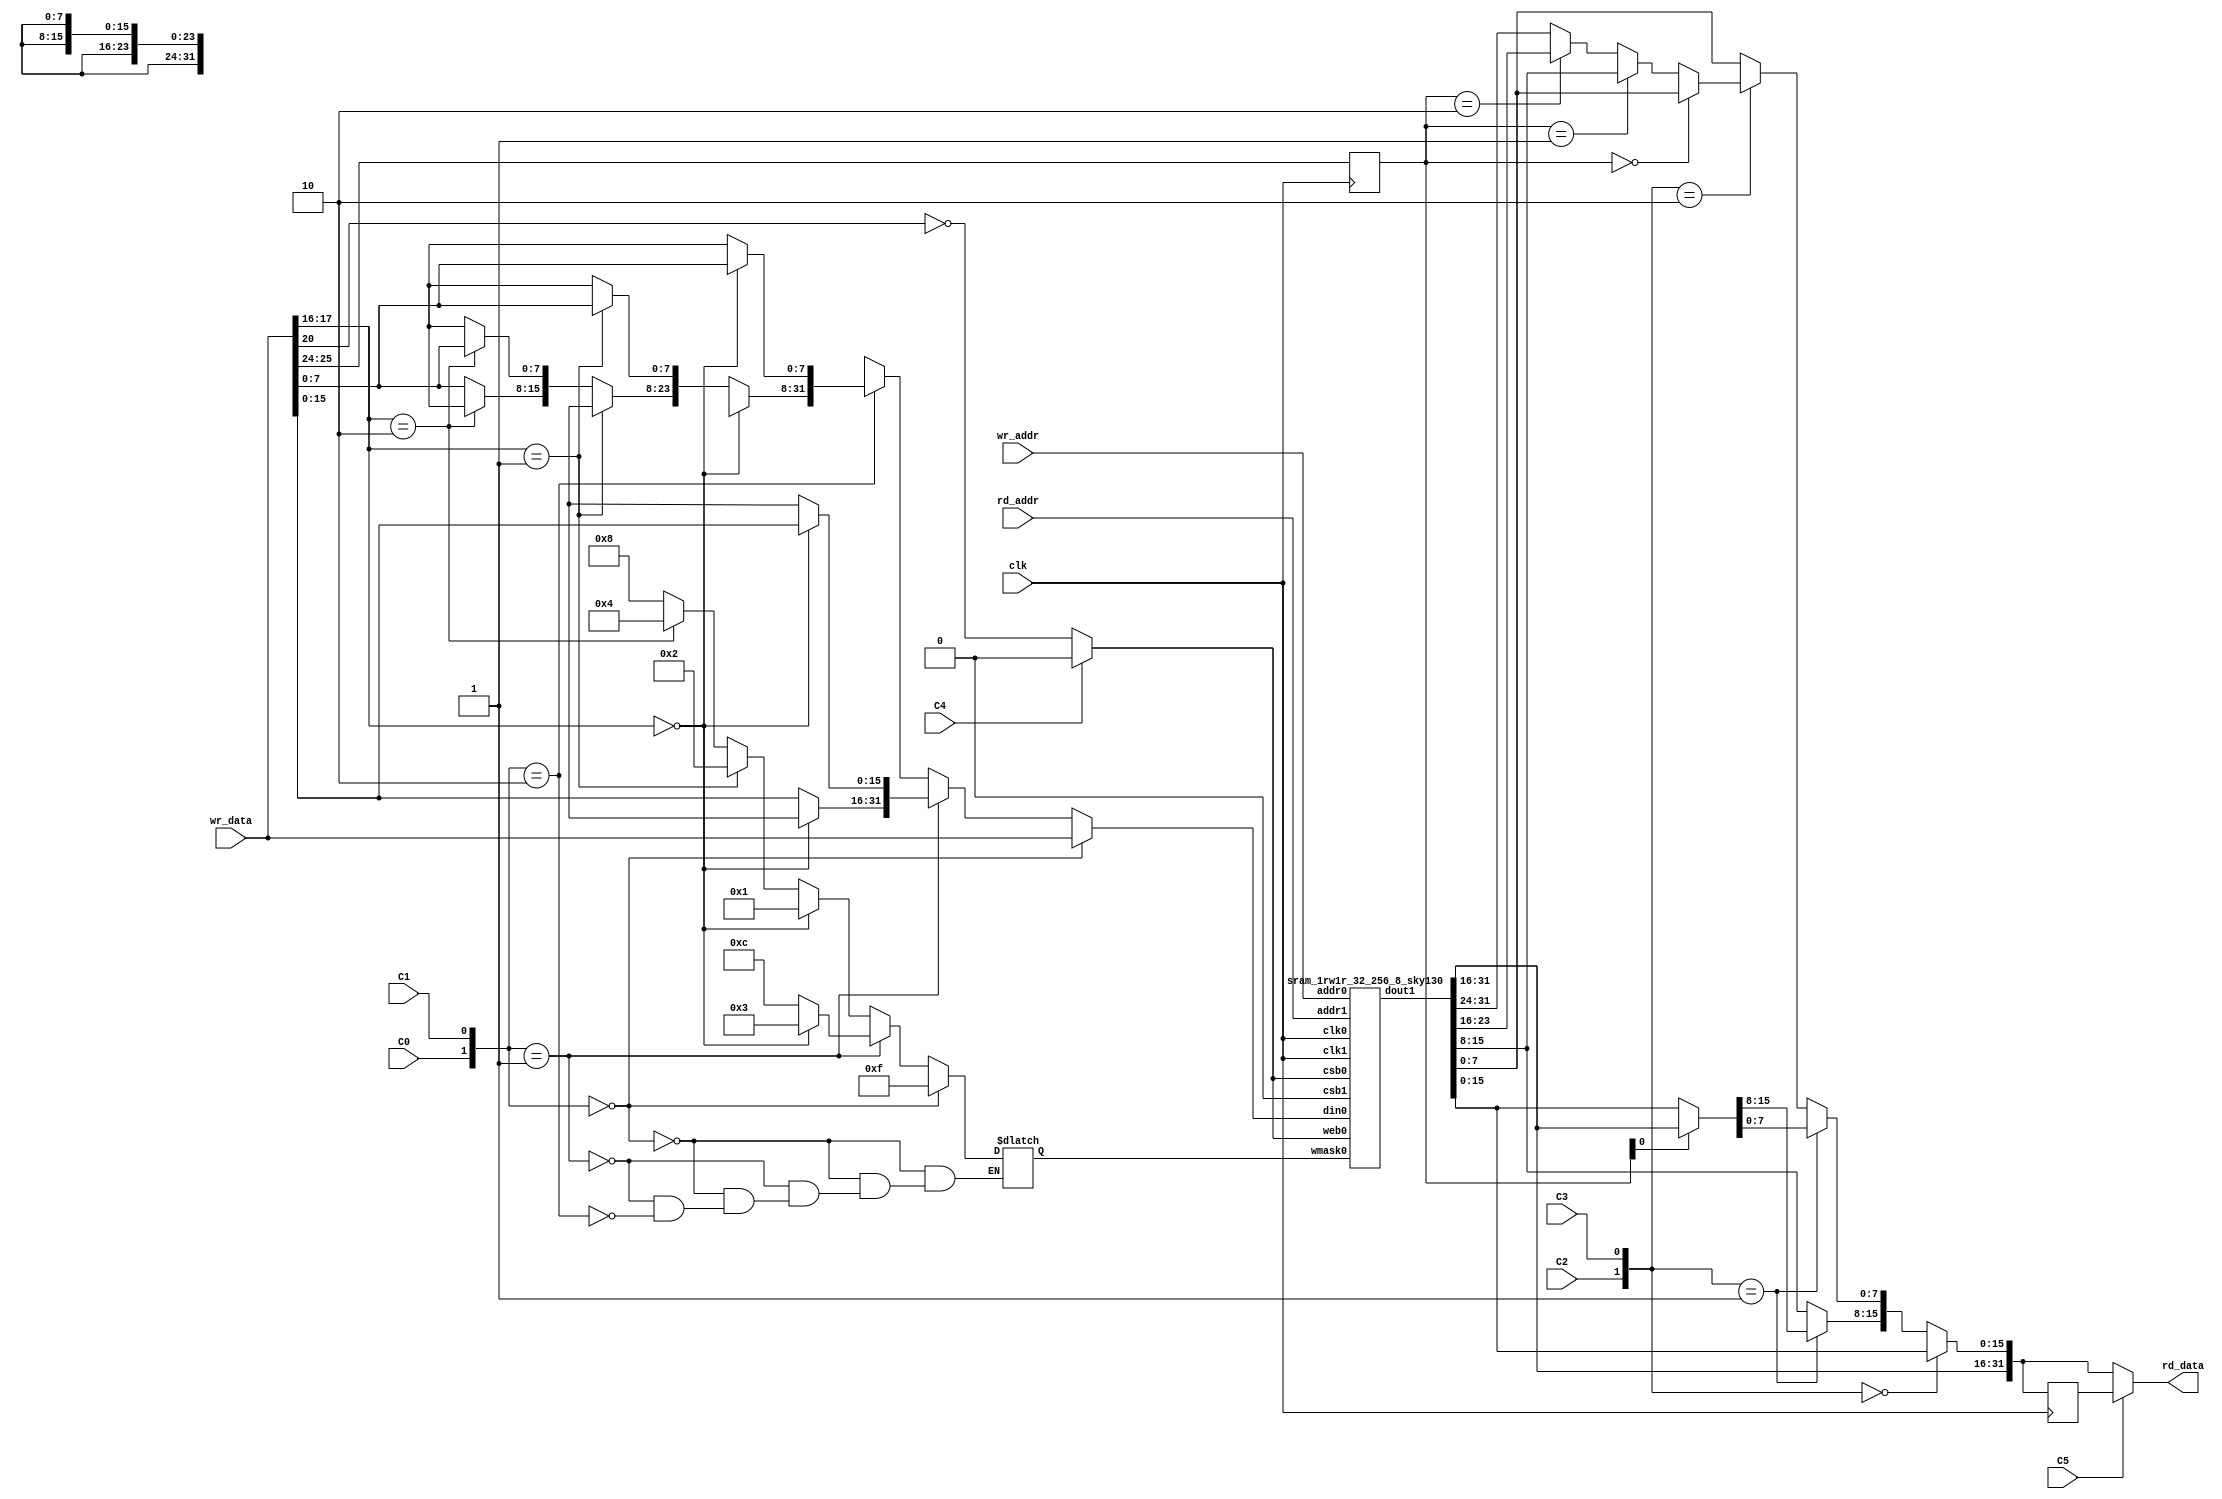
module BlockRAM_1KB (clk, rd_addr, rd_data, wr_addr, wr_data, C0, C1, C2, C3, C4, C5);

	parameter READ_ADDRESS_MSB_FROM_DATALSB = 24; //default 24 means bits wr_data[25:24] will become bits [9:8] of read address
	parameter WRITE_ADDRESS_MSB_FROM_DATALSB = 16; //default 16 means bits wr_data[17:16] will become bits [9:8] of write address
	parameter WRITE_ENABLE_FROM_DATA = 20; //default 20 means bit wr_data[20] will become the dynamic writeEnable input
    input clk;
    input [7:0] rd_addr;
    output [31:0] rd_data;
    
    input [7:0] wr_addr;
    input [31:0] wr_data;
    
    input C0;//naming of these doesnt really matter
    input C1;// C0,C1 select write port width
    input C2;// C2,C3 select read port width
    input C3;
    input C4;//C4 selects the alwaysWriteEnable
    input C5; //C5 selects register bypass
      // NOTE, the read enable is currently constantly ON
      // NOTE, the R/W port on the standard cell is used only in write mode
      // NOTE, enable ports on the primitive RAM are active lows
    wire [1:0] rd_port_configuration;
    wire [1:0] wr_port_configuration;
    wire optional_register_enabled_configuration;
	wire alwaysWriteEnable;
    assign wr_port_configuration = {C0, C1};
    assign rd_port_configuration = {C2, C3};
	assign alwaysWriteEnable = C4;
    assign optional_register_enabled_configuration = C5;
    
    reg memWriteEnable;
    always @ (*) begin // write enable
		if(alwaysWriteEnable) begin
			memWriteEnable = 0; // This RAM primitive is active low.
		end else begin
			memWriteEnable = (!(wr_data[WRITE_ENABLE_FROM_DATA])); // inverting the bit to make it active-high
		end
    end
    reg [3:0] mem_wr_mask;
    reg [31:0] muxedDataIn;
	
	wire [1:0] wr_addr_topbits; 
	assign wr_addr_topbits = wr_data[WRITE_ADDRESS_MSB_FROM_DATALSB+1:WRITE_ADDRESS_MSB_FROM_DATALSB];
    always @ (*) begin //write port config -> mask + write data multiplex
		muxedDataIn = 32'dx;
        if(wr_port_configuration == 0) begin
            mem_wr_mask = 4'b1111;
			muxedDataIn = wr_data;
        end else if(wr_port_configuration == 1) begin
            if(wr_addr_topbits == 0) begin
                mem_wr_mask = 4'b0011;
				muxedDataIn[15:0] = wr_data[15:0];
            end else begin
                mem_wr_mask = 4'b1100;
				muxedDataIn[31:16] = wr_data[15:0];
            end
        end else if(wr_port_configuration == 2) begin
            if(wr_addr_topbits == 0) begin
                mem_wr_mask = 4'b0001;
				muxedDataIn[7:0] = wr_data[7:0];
            end else if(wr_addr_topbits == 1) begin
                mem_wr_mask = 4'b0010;
				muxedDataIn[15:8] = wr_data[7:0];
            end else if(wr_addr_topbits == 2) begin
                mem_wr_mask = 4'b0100;
				muxedDataIn[23:16] = wr_data[7:0];
            end else begin
                mem_wr_mask = 4'b1000;
				muxedDataIn[31:24] = wr_data[7:0];
            end
        end
    end
    wire [31:0] mem_dout;
    sram_1rw1r_32_256_8_sky130 memory_cell(                             //dout0 is unused
    .clk0(clk),.csb0(memWriteEnable),.web0(memWriteEnable),.wmask0(mem_wr_mask),.addr0(wr_addr[7:0]),.din0(muxedDataIn),//.dout0(),
    .clk1(clk),.csb1(1'b0),.addr1(rd_addr[7:0]),.dout1(mem_dout)
    );
    reg [1:0] rd_dout_sel;
    always @ (posedge clk) begin
        rd_dout_sel <= wr_data[READ_ADDRESS_MSB_FROM_DATALSB+1:READ_ADDRESS_MSB_FROM_DATALSB];
    end
    reg [31:0] rd_dout_muxed;
    always @ (*) begin
        rd_dout_muxed[31:0] = mem_dout[31:0]; // a default value. Could be 32'dx if tools support it for logic saving!
        if(rd_port_configuration == 0) begin
            rd_dout_muxed[31:0] = mem_dout[31:0];
        end else if(rd_port_configuration == 1) begin
            if(rd_dout_sel[0] == 0) begin
                rd_dout_muxed[15:0] = mem_dout[15:0];
            end else begin
                rd_dout_muxed[15:0] = mem_dout[31:16];
            end
        end else if(rd_port_configuration == 2) begin
            if(rd_dout_sel == 0) begin
                rd_dout_muxed[7:0] = mem_dout[7:0];
            end else if(rd_dout_sel == 1) begin
                rd_dout_muxed[7:0] = mem_dout[15:8];
            end else if(rd_dout_sel == 2) begin
                rd_dout_muxed[7:0] = mem_dout[23:16];
            end else begin
                rd_dout_muxed[7:0] = mem_dout[31:24];
            end
        end
    end
    reg [31:0] rd_dout_additional_register;
    always @ (posedge clk) begin
        rd_dout_additional_register <= rd_dout_muxed;
    end
    reg [31:0] final_dout;
    assign rd_data = final_dout;
    always @ (*) begin
        if(optional_register_enabled_configuration) begin
            final_dout = rd_dout_additional_register;
        end else begin
            final_dout = rd_dout_muxed;
        end
    end
endmodule

// OpenRAM SRAM model
// Words: 256
// Word size: 32
// Write size: 8
module sram_1rw1r_32_256_8_sky130(
// Port 0: RW
    clk0,csb0,web0,wmask0,addr0,din0,dout0,
// Port 1: R
    clk1,csb1,addr1,dout1
  );

  parameter NUM_WMASKS = 4 ;
  parameter DATA_WIDTH = 32 ;
  parameter ADDR_WIDTH = 8 ;
  parameter RAM_DEPTH = 1 << ADDR_WIDTH;
  // FIXME: This delay is arbitrary.
  parameter DELAY = 3 ;

  input  clk0; // clock
  input   csb0; // active low chip select
  input  web0; // active low write control
  input [NUM_WMASKS-1:0]   wmask0; // write mask
  input [ADDR_WIDTH-1:0]  addr0;
  input [DATA_WIDTH-1:0]  din0;
  output [DATA_WIDTH-1:0] dout0;
  input  clk1; // clock
  input   csb1; // active low chip select
  input [ADDR_WIDTH-1:0]  addr1;
  output [DATA_WIDTH-1:0] dout1;

  reg  csb0_reg;
  reg  web0_reg;
  reg [NUM_WMASKS-1:0]   wmask0_reg;
  reg [ADDR_WIDTH-1:0]  addr0_reg;
  reg [DATA_WIDTH-1:0]  din0_reg;
  reg [DATA_WIDTH-1:0]  dout0;

  // All inputs are registers
  always @(posedge clk0)
  begin
    csb0_reg = csb0;
    web0_reg = web0;
    wmask0_reg = wmask0;
    addr0_reg = addr0;
    din0_reg = din0;
    // dout0 = 32'bx;
    /* if ( !csb0_reg && web0_reg ) 
      $display($time," Reading %m addr0=%b dout0=%b",addr0_reg,mem[addr0_reg]);
    if ( !csb0_reg && !web0_reg )
      $display($time," Writing %m addr0=%b din0=%b wmask0=%b",addr0_reg,din0_reg,wmask0_reg); */
  end

  reg  csb1_reg;
  reg [ADDR_WIDTH-1:0]  addr1_reg;
  reg [DATA_WIDTH-1:0]  dout1;

  // All inputs are registers
  always @(posedge clk1)
  begin
    csb1_reg = csb1;
    addr1_reg = addr1;
    // if (!csb0 && !web0 && !csb1 && (addr0 == addr1))
    //      $display($time," WARNING: Writing and reading addr0=%b and addr1=%b simultaneously!",addr0,addr1);
    // dout1 = 32'bx;
    // if ( !csb1_reg ) 
    //  $display($time," Reading %m addr1=%b dout1=%b",addr1_reg,mem[addr1_reg]);
  end

reg [DATA_WIDTH-1:0]    mem [0:RAM_DEPTH-1];

  // Memory Write Block Port 0
  // Write Operation : When web0 = 0, csb0 = 0
  always @ (negedge clk0)
  begin : MEM_WRITE0
    if ( !csb0_reg && !web0_reg ) begin
        if (wmask0_reg[0])
                mem[addr0_reg][7:0] = din0_reg[7:0];
        if (wmask0_reg[1])
                mem[addr0_reg][15:8] = din0_reg[15:8];
        if (wmask0_reg[2])
                mem[addr0_reg][23:16] = din0_reg[23:16];
        if (wmask0_reg[3])
                mem[addr0_reg][31:24] = din0_reg[31:24];
    end
  end

  // Memory Read Block Port 0
  // Read Operation : When web0 = 1, csb0 = 0
  always @ (negedge clk0)
  begin : MEM_READ0
    if (!csb0_reg && web0_reg)
       dout0 <= /*#(DELAY)*/ mem[addr0_reg];
  end

  // Memory Read Block Port 1
  // Read Operation : When web1 = 1, csb1 = 0
  always @ (negedge clk1)
  begin : MEM_READ1
    if (!csb1_reg)
       dout1 <= /*#(DELAY)*/ mem[addr1_reg];
  end

endmodule